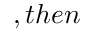
, t h e n